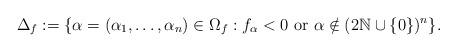
LaTeX: \begin{align*}\Delta_f:=\{\alpha=(\alpha_1,\ldots,\alpha_n) \in \Omega_f: f_{\alpha} < 0 \mbox{ or } \alpha \notin (2\mathbb{N} \cup \{0\})^n\}.\end{align*}